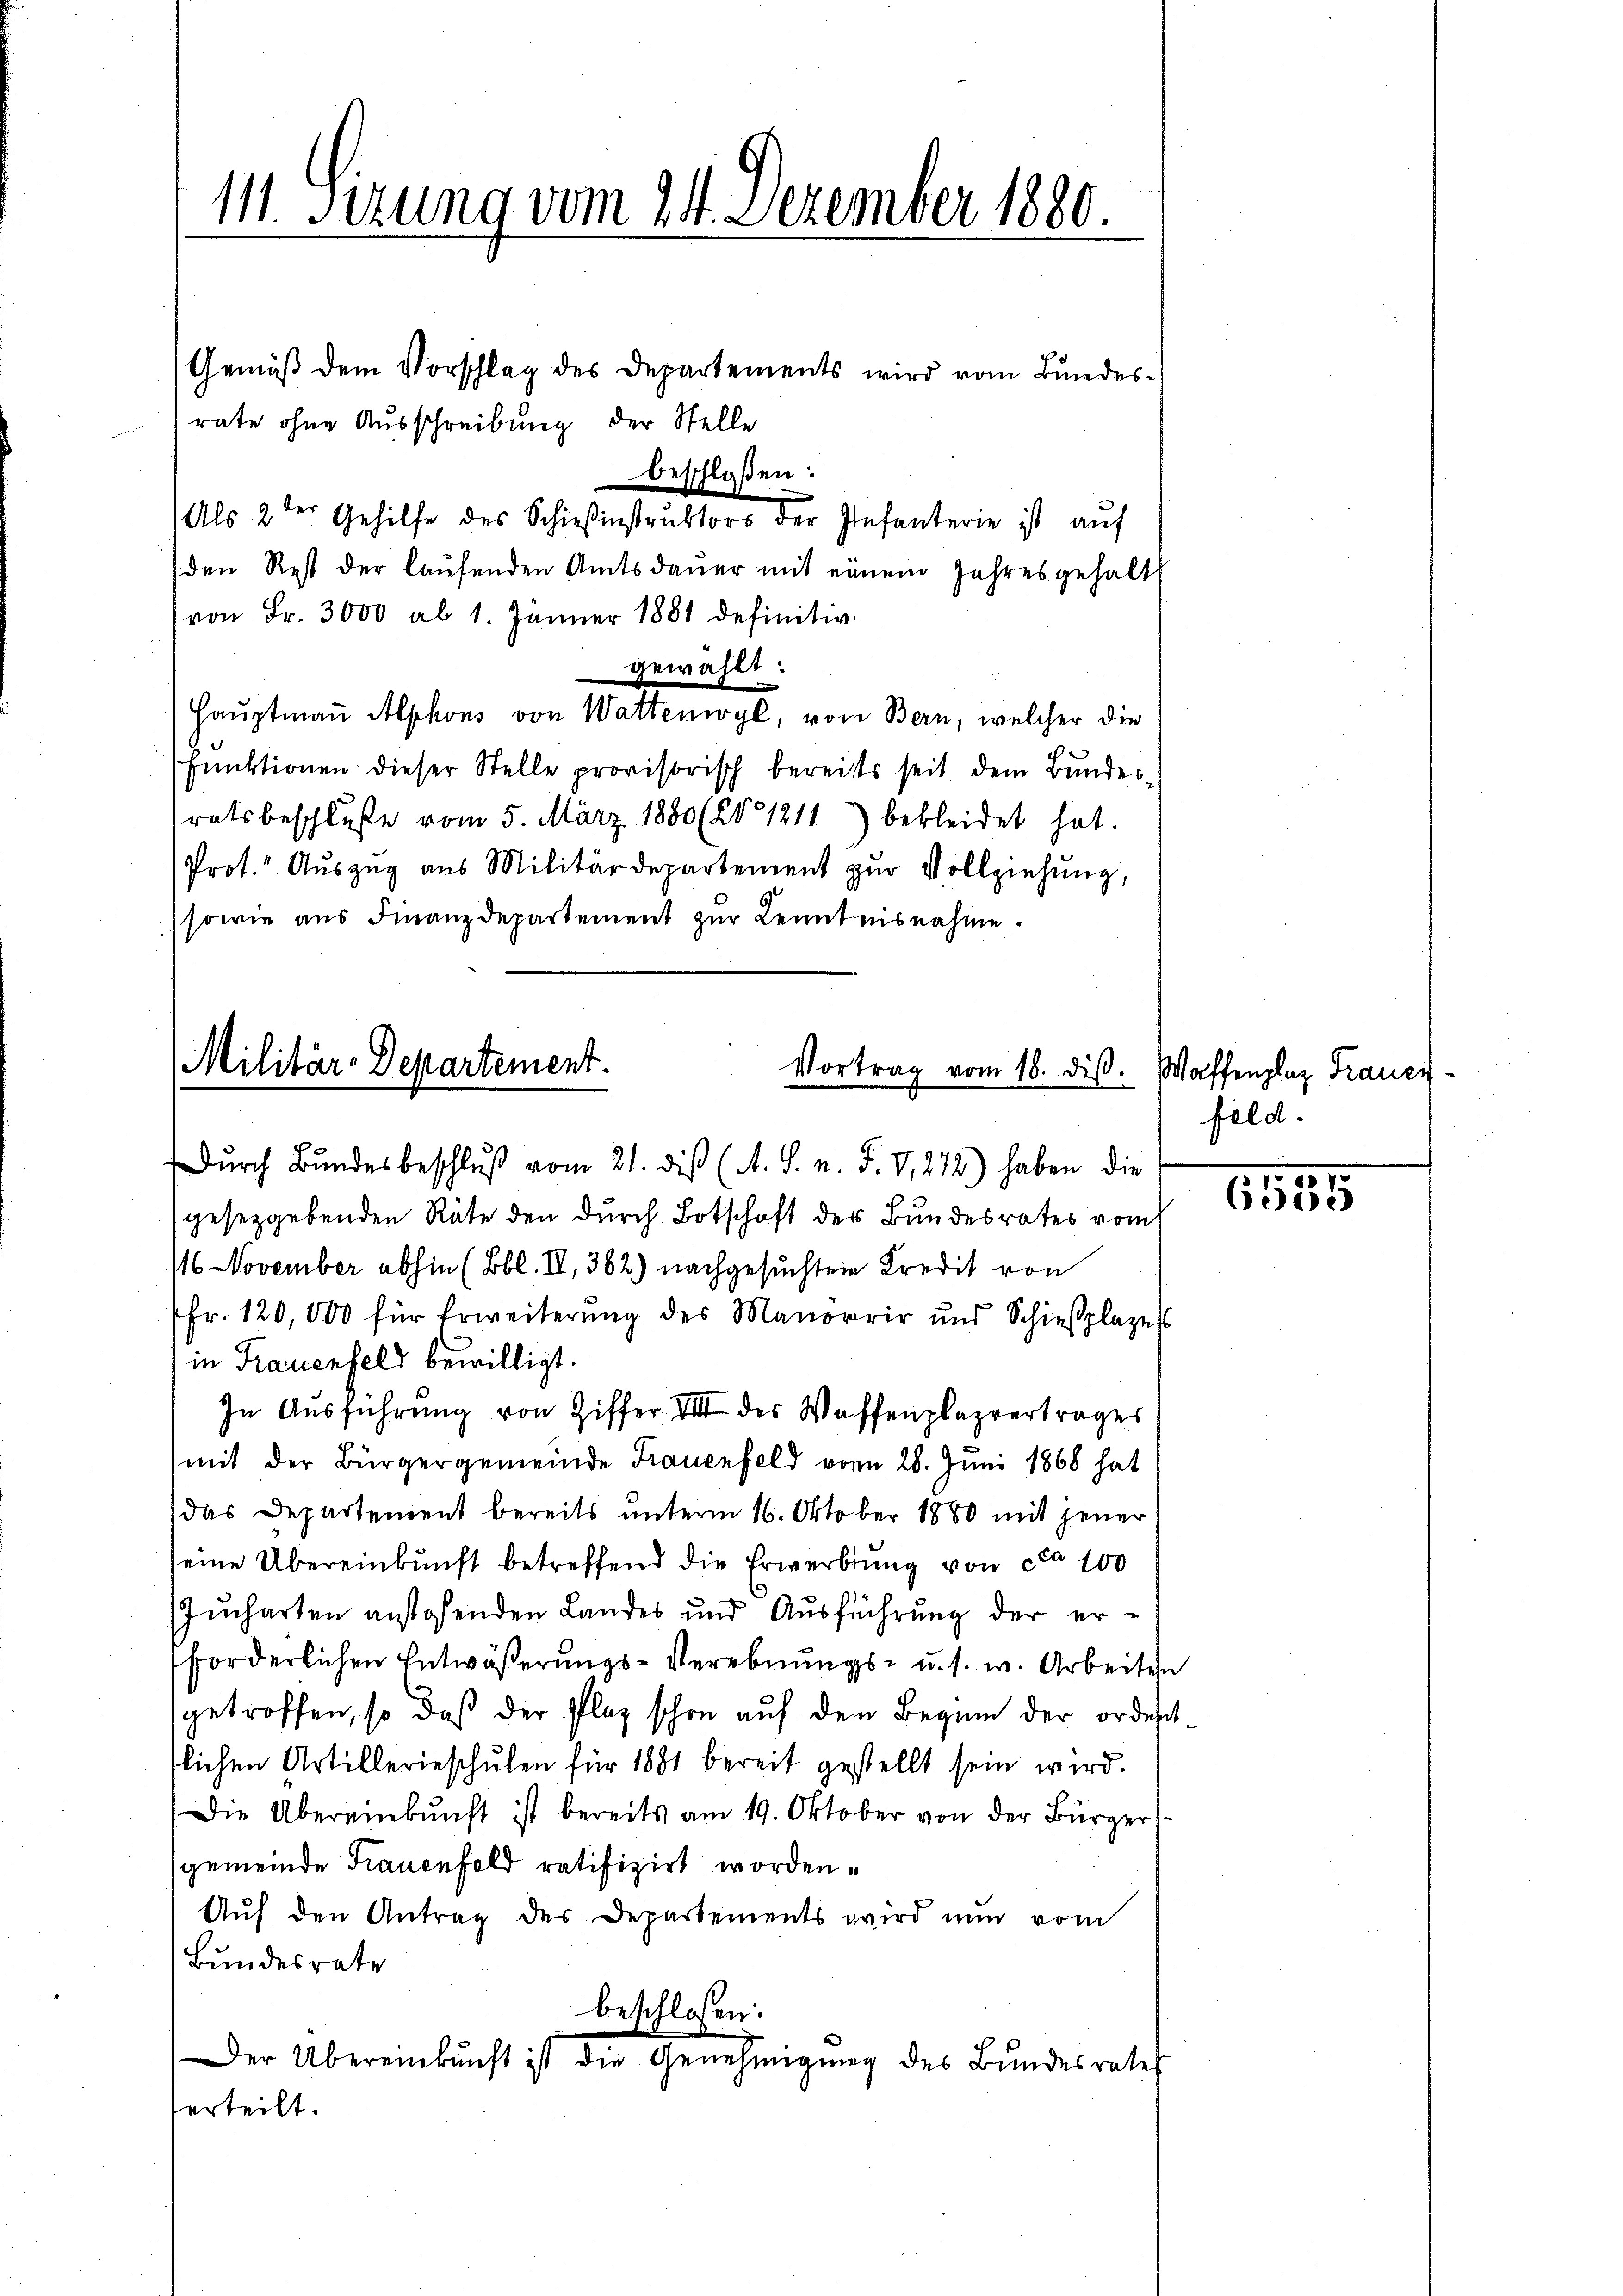
111. Sizung vom 24. Dezember 1880

Gemäß dem Vorschlag des Departements wird vom Bundesrate ohne Ausschreibung der Stelle
beschloßen:
Als 2ter Gehilfe des Schieβinstruktors der Infanterie ist aŭf
den Rest der laŭfenden Amtsdaŭer mit einem Jahresgehalt
von Fr. 3000 ab 1. Jänner 1881 definitiv
gewählt:
Hauptmaṅ Alphons von Wattenwyl, vom Bern, welcher die
Fnuktionen dieser Stelle provisorisch bereits seit dem Bundesratsbeschluße vom 5. März 1880 (21211) bekleidet hat.
Prot. Auszug aus Militärdepartement zur Vollziehung,
sowie aus Finanzdepartement zŭr Kenntnisnahme.

Militär-Departement.
Vortrag vom 18. diβ.

Dŭrch Bŭndesbeschlŭβ vom 21. dis (A. S. n. F. V. 272) haben die
gesetzgebenden Räte den durch Botschaft der Bundesrates vom
16 November abhin (Bbl. II., 362) nachgesuchten Kredit von
fr. 120,000 für Erweiterung des Manorrir und Schießplazess
in Frauenfeld bewilligt.
In Aŭsführŭng von Ziffer III des Waffenplazvertrages
mit der Bürgergemeinde Frauenfeld vom 28. Juni 1868 hat
das Departement bereits unterm 16. Oktober 1880 mit jener
eine Übereinkunft betreffend die Erwerbung von ca 100
Jucharten anstehenden Landes und Ausführung der erforderlichen Entwäßerungs-Verebnungs- u. s. w. Arbeiten
getroffen, so daß der Plaz schon auf den Beginn der ordnet
tlichen Artillerieschulen für 1881 bereit gestellt sein wird.
Die Übereinkunft ist bereits am 19. Oktober von der Bürger
gemeinde Frauenfeld ratifizirt worden.
Auf den Antrag des Departements wird nun vom
Bundesrate
beschlossen:
Der Übereinkunft ist die Genehmigŭng des Bŭndesrates
erteilt.

Waffenplaz Frauer
feld.

6535